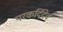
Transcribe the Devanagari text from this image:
परकर्दिदेव